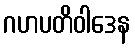
ဂဟပတိဝါဒေန